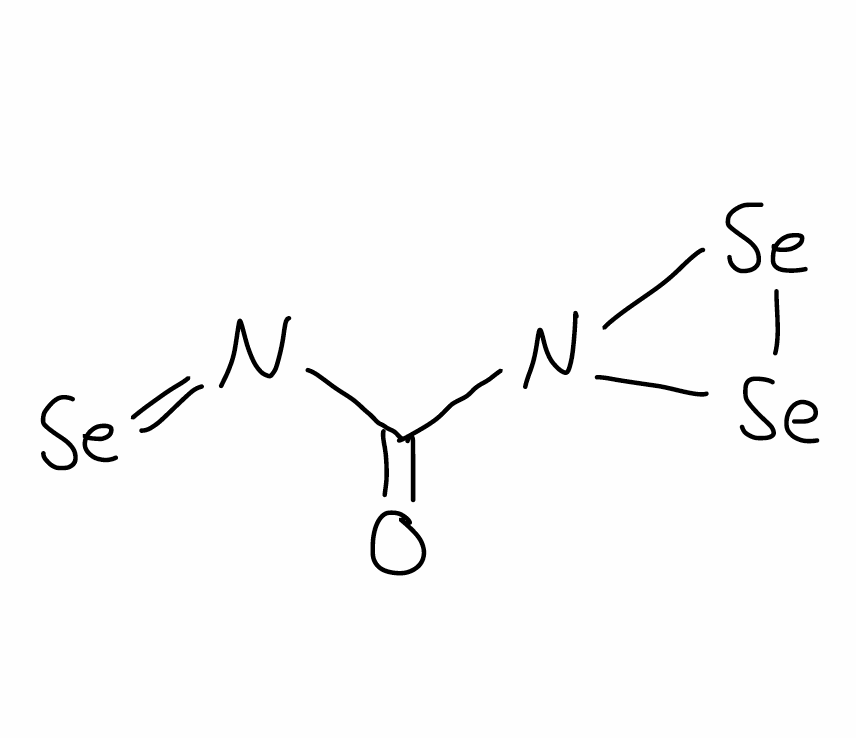
Simplified molecular-input line-entry system (SMILES) notation of the given molecule:
C(=O)(N=[Se])N1[Se][Se]1